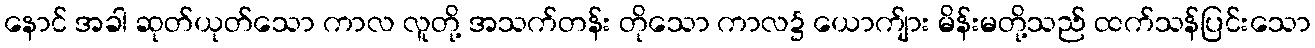
နောင် အခါ ဆုတ်ယုတ်သော ကာလ လူတို့ အသက်တန်း တိုသော ကာလ၌ ယောက်ျား မိန်းမတို့သည် ထက်သန်ပြင်းသော